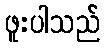
ဖူးပါသည်